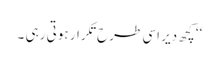
‘‘ کچھ دیر اسی طرح تکرار ہوتی رہی ۔